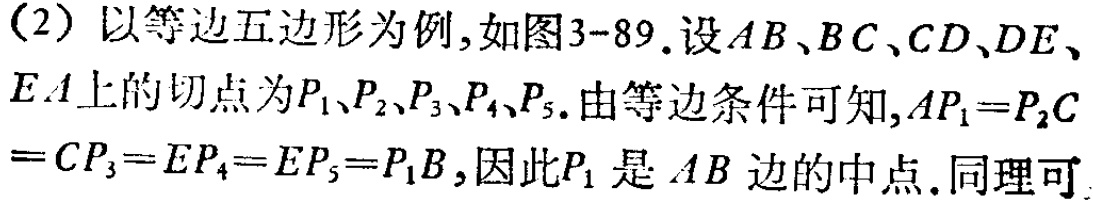
（2）以等边五边形为例,如图3-89.设\(AB、BC、CD、DE、EA\)上的切点为\(P_1、P_2、P_3、P_4、P_5\).由等边条件可知,\(AP_1 = P_2C=CP_3 = EP_4 = EP_5 = P_1B\),因此\(P_1\)是\(AB\)边的中点.同理可